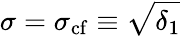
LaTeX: \sigma=\sigma_{\mathrm{cf}}\equiv\sqrt{\delta_{1}}